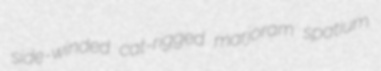
side-winded cat-rigged marjoram spatium